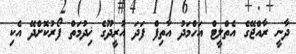
ދާނީ ރާއްޖޭގެ އެތްލީޓް އަހްމަދު އާތިފް ފަދަ އުރީދޫގެ ޚިދުމަތް ފޯރުކޮށްދޭ އެކި